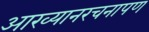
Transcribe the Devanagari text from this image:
आख्यानरचनापण